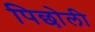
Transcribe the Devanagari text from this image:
पिछोली